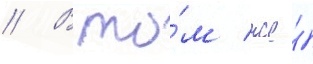
// В то́м же́